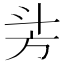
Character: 𣃜